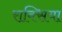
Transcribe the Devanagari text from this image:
राक्सिया